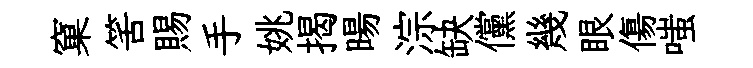
窠筈賜手姚揭暘淙缺儻幾眼傷嗤